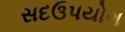
સદઉપયોગ